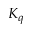
K _ { q }